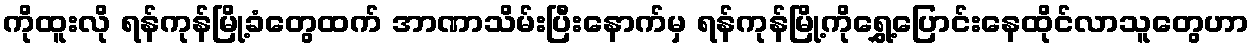
ကိုထူးလို ရန်ကုန်မြို့ခံတွေထက် အာဏာသိမ်းပြီးနောက်မှ ရန်ကုန်မြို့ကိုရွှေ့ပြောင်းနေထိုင်လာသူတွေဟာ